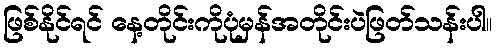
ဖြစ်နိုင်ရင် နေ့တိုင်းကိုပုံမှန်အတိုင်းပဲဖြတ်သန်းပါ။